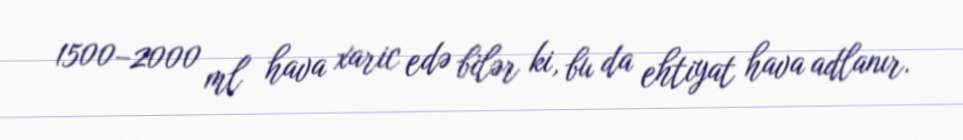
1500–2000 ml hava xaric edə bilər ki, bu da ehtiyat hava adlanır.